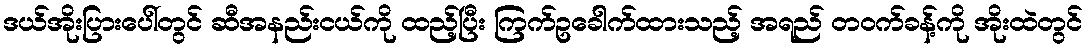
ဒယ်အိုးပြားပေါ်တွင် ဆီအနည်းငယ်ကို ထည့်ပြီး ကြက်ဥခေါက်ထားသည့် အရည် တဝက်ခန့်ကို အိုးထဲတွင်